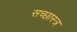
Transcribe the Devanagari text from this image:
सच्छास्त्र